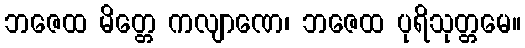
ဘဇေထ မိတ္တေ ကလျာဏေ၊ ဘဇေထ ပုရိသုတ္တမေ။